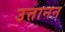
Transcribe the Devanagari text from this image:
उत्तानन